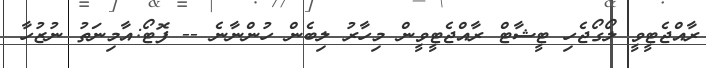
ރާއްޖެޓީވީ ލޯގޯޖެހި ޓީޝާޓް ރާއްޖެޓީވީން މިހާރު ލިބެން ހުންނާނެ -- ފޮޓޯ:އާމިނަތު ނުޒުހާ